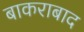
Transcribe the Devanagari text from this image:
बाकराबाद